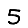
Digit: 5